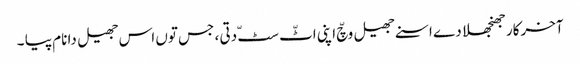
آخرکار جھنجھلا دے اسنے جھیل وچّ اپنی اٹّ سٹّ دتی ، جس توں اس جھیل دا نام پیا ۔